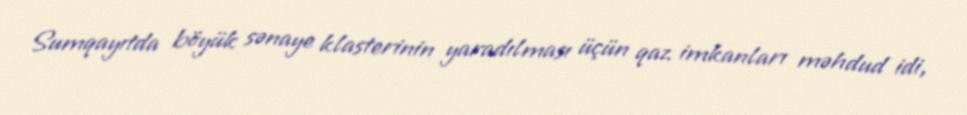
Sumqayıtda böyük sənaye klasterinin yaradılması üçün qaz imkanları məhdud idi,